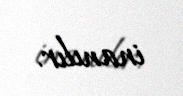
inanılır.